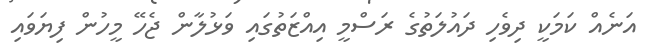
އަނެއް ކަމަކީ ދިވެހި ދައުލަތުގެ ރަސްމީ އިއްޒަތުގައި ވަޅުލާން ޖެހޭ މީހުން ފިޔަވައި